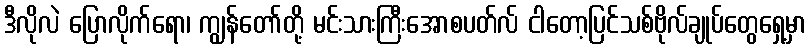
ဒီလိုလဲ ပြောလိုက်ရော၊ ကျွန်တော်တို့ မင်းသားကြီးအောစပတ်လ် ငါတော့ပြင်သစ်ဗိုလ်ချုပ်တွေရှေ့မှာ